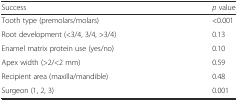
| Success | p value |
 | --- | --- |
 | Tooth type (premolars/molars) | <0.001 |
 | Root development (<3/4, 3/4, >3/4) | 0.13 |
 | Enamel matrix protein use (yes/no) | 0.10 |
 | Apex width (>2/<2 mm) | 0.59 |
 | Recipient area (maxilla/mandible) | 0.48 |
 | Surgeon (1, 2, 3) | 0.001 |